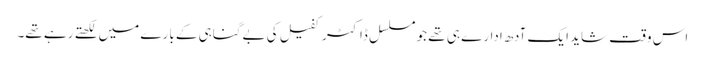
اس وقت شاید ایک آدھ ادارے ہی تھے جو مسلسل ڈاکٹر کفیل کی بےگناہی کے بارے میں لکھتے رہے تھے۔